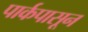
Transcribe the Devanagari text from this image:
पार्कपासून